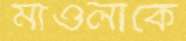
মাওলাকে